Report on sanitation, dispensaries, and jails in Rajputana for 1914, and on vaccination for the year 1914-1915 - 1914-1915
Year: 1914
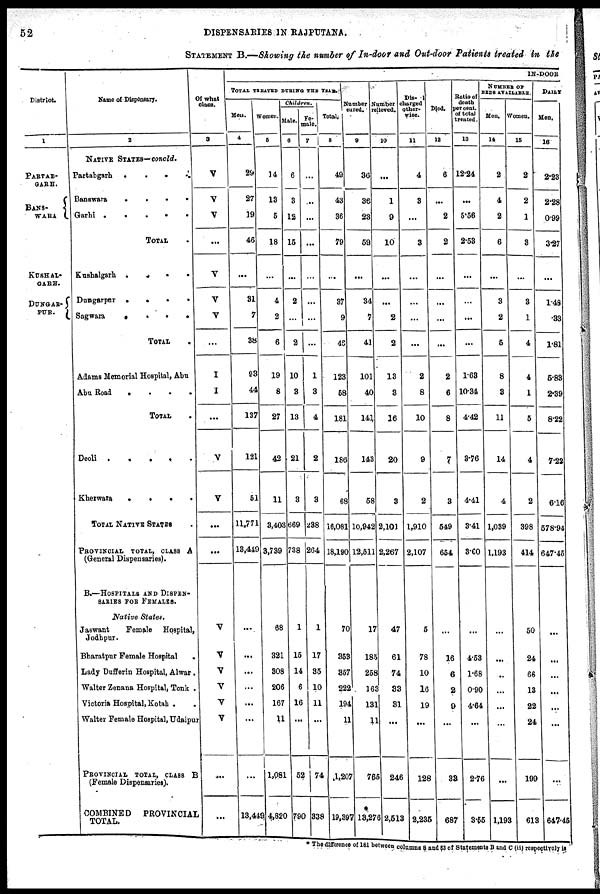
52
DISPENSARIES IN RAJPUTANA.
STATEMENT B.—Showing the number of In-door and Out-door Patients treated in the
District.
1
PARTAB¬
GARH.
BANS¬
WARA
KUSHAL¬
GARH.
DUNGAR¬
PUR.
Name of Dispensary
2
NATIVE STATES— concld.
Partabgarh
.
.
.
.
Banswara
.
.
.
.
Garhi .....
TOTAL .
Kushalgarh
.
.
.
.
Dungarpur
.
.
.
.
Sagwara
.
.
.
.
TOTAL .
Adams Memorial Hospital, Abu
Abu Road
.
.
.
.
TOTAL .
Deoli
.
.
.
.
.
Kherwara
.
.
.
.
TOTAL NATIVE STATES .
PROVINCIAL TOTAL, CLASS A
(General Dispensaries).
B.—HOSPITALS AND DISPEN¬
SARIES FOR FEMALES.
Native States.
Jaswant
Female
Hospital,
Jodhpur.
Bharatpur Female Hospital .
Lady Dufferin Hospital, Alwar.
Walter Zenana Hospital, Tonk .
Victoria Hospital, Kotah ..
Walter Female Hospital, Udaipur
PROVINCIAL TOTAL, CLASS B
(Female Dispensaries).
COMBINED
PROVINCIAL
TOTAL.
Of what
class.
3
V
V
V
...
...
V
V
...
I
I
...
V
V
...
...
V
V
V
V
V
V
...
...
IN-DOOR
TOTAL TREATED DURING THE YEAR.
Men.
4
29
27
19
46
...
31
7
38
93
44
137
121
51
11,771
13,449
...
...
...
...
...
...
...
13,449
Women.
5
14
13
5
18
...
4
2
6
19
3
27
42
11
3,403
3,739
68
321
308
206
167
11
1,081
4,820
Children.
Male.
6
6
3
12
15
...
2
...
2
10
3
13
21
3
669
738
1
15
14
6
16
...
52
790
Fe¬
male
7
...
...
...
...
...
...
...
...
1
3
4
2
3
288
264
1
17
35
10
11
...
74
338
Total.
8
48
43
36
79
...
37
9
45
123
58
181
186
68
16,081
18,190
70
358
357
222
194
11
1,207
19,307
Number
cured.
9
36
36
23
59
...
34
7
41
101
40
141
143
58
10,942
12,511
17
185
258
163
131
11
765
13,276
Number
relieved.
10
...
1
9
10
...
...
2
2
13
3
26
20
3
2,101
2,267
47
61
74
33
31
...
246
2,613
Dis¬
charged
other¬
wise.
11
4
3
...
3
...
...
...
...
2
8
10
9
2
1,910
2,107
5
78
10
16
19
...
128
2,236
Died.
12
6
...
2
2
...
...
...
...
2
6
8
7
3
649
664
...
16
6
2
9
...
38
687
Ratio of
death
par cent.
of total
treated
13
12.24
...
5.56
2.68
...
...
...
...
1.63
10.34
4.42
3.76
4.41
3.41
3.00
...
4.53
1.68
0.90
4.64
...
2.76
3.55
NUMBER OF
BEDS AVAILABLE
Men.
14
2
4
2
6
...
3
2
5
8
3
11
14
4
1,039
1,193
...
...
...
...
...
...
...
1,193
Women.
15
2
2
1
3
...
3
1
4
4
1
5
4
2
398
414
50
24
66
13
22
24
199
613
DAILY
Men.
16
2.28
2.28
0.99
3.27
...
1.48
.33
1.81
5.83
2.39
8.22
7.22
6.16
578.94
647.45
...
...
...
...
...
...
...
647.45
* The difference of 161 between columns 8 and 53 of Statements B and C (ii) respectively is